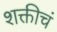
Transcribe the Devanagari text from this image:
शक्तीचं